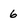
Character: 6